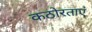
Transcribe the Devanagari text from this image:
कठोरताएं